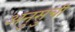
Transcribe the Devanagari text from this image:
अनुसुची